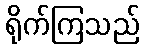
ရိုက်ကြသည်